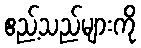
ဧည့်သည်များကို